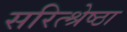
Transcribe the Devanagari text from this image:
सरित्श्रेष्ठा